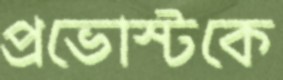
প্রভোস্টকে